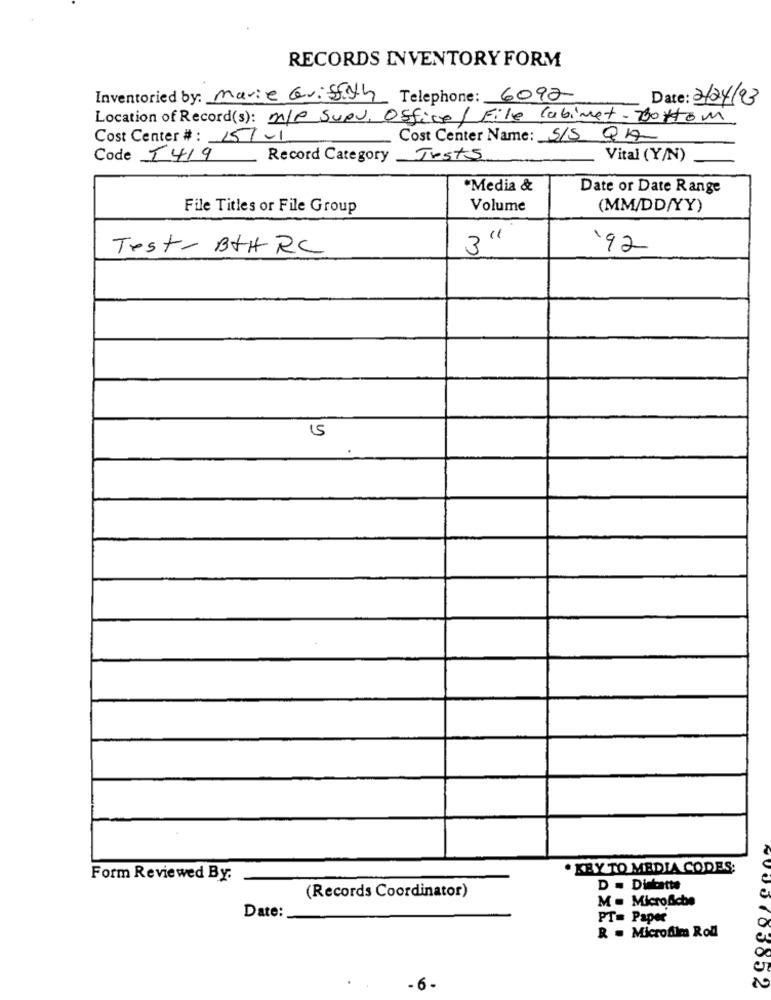
RECORDS INVENTORY FORM
Inventoried by: Marie cuisson Telephone: 6092
Date: 2/24/03
Location of Record(s): n/p Supv. Office / File Cabinet- Bottom
Cost Center # : 151-1
Cost Center Name: S/S Q14
Code T419
Record Category
Jests
Vital (Y/N)
*Media &
Date or Date Range
File Titles or File Group
Volume
(MM/DD/YY)
Test- BtHRC
3"
'92
15
. KRY TO MEDIA CODES;
Form Reviewed By.
(Records Coordinator)
D = Dinkatte
M = Microfiche
Date:
PT= Paper
R . Microfilm Roll
O
- 6-